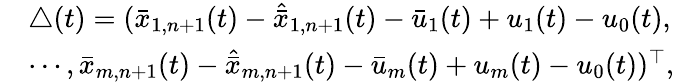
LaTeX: \begin{array}{rl}&{\triangle(t)=(\bar{x}_{1,n+1}(t)-\hat{\bar{x}}_{1,n+1}(t)-\bar{u}_{1}(t)+u_{1}(t)-u_{0}(t),}\\ &{\cdots,\bar{x}_{m,n+1}(t)-\hat{\bar{x}}_{m,n+1}(t)-\bar{u}_{m}(t)+u_{m}(t)-u_{0}(t))^{\top},}\end{array}